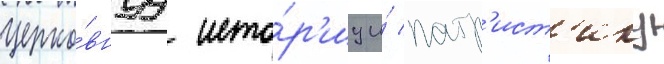
церко́внуу исто́р'иу и́ патр'ист'ику